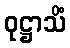
ဝုဋ္ဌာသိံ